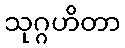
သုဂ္ဂဟိတာ